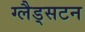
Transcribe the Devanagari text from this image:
ग्लैड्सटन